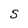
Character: S